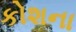
કોશના